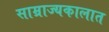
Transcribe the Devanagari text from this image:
साम्राज्यकालात